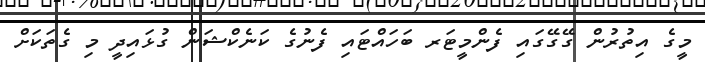
މީގެ އިތުރުން ގޭގޭގައި ފެންމީޓަރ ބަހައްޓައި ފެނުގެ ކަނެކްޝަން ގުޅައިދީ މި ގެތަކަށް